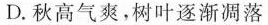
D.秋高气爽，树叶逐渐凋落